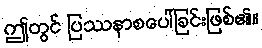
ဤတွင် ပြဿနာစပေါ်ခြင်းဖြစ်၏။